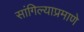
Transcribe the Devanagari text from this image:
सांगिल्याप्रमाणे